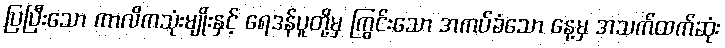
ပြပြီးသော ကာလိကသုံးမျိုးနှင့် ရေဒန်ပူတို့မှ ကြွင်းသော အကပ်ခံသော နေ့မှ အသက်ထက်ဆုံး